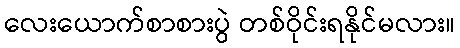
လေးယောက်စာစားပွဲ တစ်ဝိုင်းရနိုင်မလား။